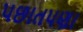
પછાતપણા